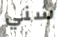
سني